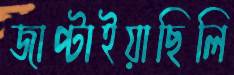
জাপ্‌টাইয়াছিলি